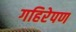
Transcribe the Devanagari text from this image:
गहिरेपण